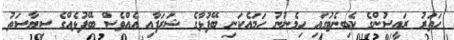
ހަތަރު ރައީސުންގެ ކެބިނެޓުގައި ހިމެނުނު ހަމައެކަނި ބޭފުޅާގެ ޝަރަފާއި އެއްވެސް ބޭފުޅެއްގެ ސިޔާސަތު